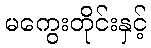
မကွေးတိုင်းနှင့်